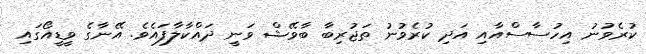
ކުރެވުނު އިހުސާސްއާއި އަދި ކުރެވުނު ތަޖުރިބާ ބާވޭޝް ވަނީ ދައްކާލާފައެވެ. އޭނާގެ ވީޑީއޯގައި